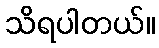
သိရပါတယ်။